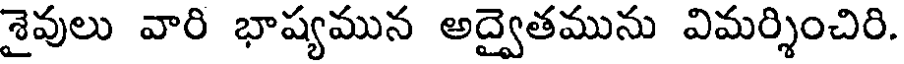
శైవులు వారి భాష్యమున అద్వైతమును విమర్శించిరి.